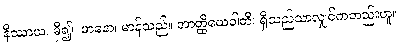
နိဿာယ၊ မှီ၍။ မာနော၊ မာန်သည်။ အာတ္ထိယေဝါတိ၊ ရှိသည်သာလျှင်ကတည်းဟူ။